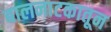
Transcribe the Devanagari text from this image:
बालनाटकातून